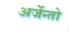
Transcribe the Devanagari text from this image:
अर्जेन्तो